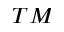
^ { T M }